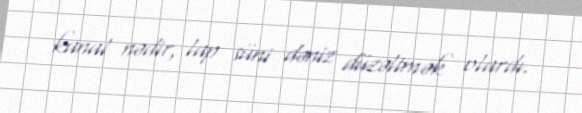
kanal nədir, lap süni dəniz düzəltmək olardı.